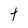
Character: t